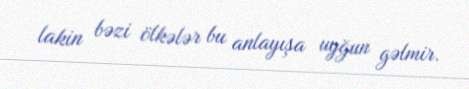
lakin bəzi ölkələr bu anlayışa uyğun gəlmir.